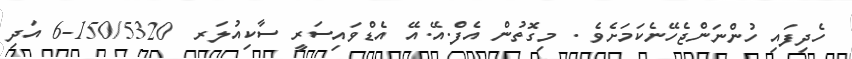
ހެދިފައި ހުންނަންޖެހޭނެކަމަށެވެ . މިގޮތުން އެފް.އޭ.އޭ އެޑްވައިސަރީ ސާކިއުލަރ  150/5320-6 އަދި